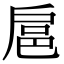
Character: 扈